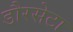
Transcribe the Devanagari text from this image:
डौरसेटा